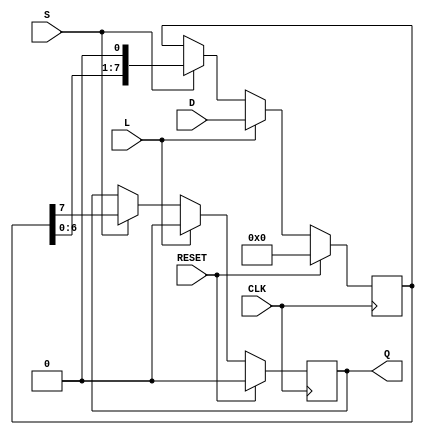
module PISO_Register #(
    parameter N = 8  // Number of bits in the register
)(
    input wire [N-1:0] D,     // Parallel data input
    input wire L,             // Load signal
    input wire S,             // Shift signal
    input wire CLK,           // Clock signal
    input wire RESET,         // Active high synchronous reset
    output reg Q              // Serial output
);

    reg [N-1:0] shift_reg;    // Shift register to hold the data

    // Sequential logic for loading and shifting
    always @(posedge CLK) begin
        if (RESET) begin
            shift_reg <= {N{1'b0}};  // Initialize the shift register to 0
            Q <= 1'b0;               // Initialize output to 0
        end else begin
            if (L) begin
                // Load data into the shift register
                shift_reg <= D;
                Q <= 1'b0;           // Clear output when loading data
            end else if (S) begin
                // Shift operation
                Q <= shift_reg[N-1]; // Output the MSB
                shift_reg <= {shift_reg[N-2:0], 1'b0}; // Shift left
            end
        end
    end

endmodule